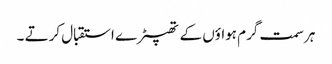
ہر سمت گرم ہواؤں کے تھپیڑے استقبال کرتے ۔